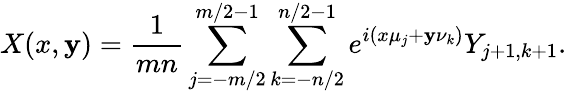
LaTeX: X(x,\mathbf{y})=\frac{{1}}{{mn}}\sum_{j=-m/2}^{m/2-1}\sum_{k=-n/2}^{n/2-1}e^{i(x\mu_{j}+\mathbf{y}\nu_{k})}Y_{j+1,k+1}.